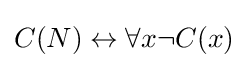
C(N)\leftrightarrow \forall x\lnot C(x)